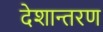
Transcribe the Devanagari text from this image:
देशान्तरण